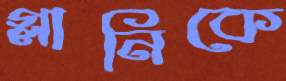
গ্লানিকে